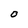
Character: O